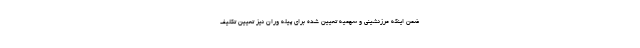
ضمن اینکه مرزنشینی و سهمیه تعیین شده برای پیله وران نیز تعیین تکلیف